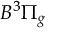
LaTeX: B ^ { 3 } \Pi _ { g }